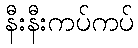
နီးနီးကပ်ကပ်